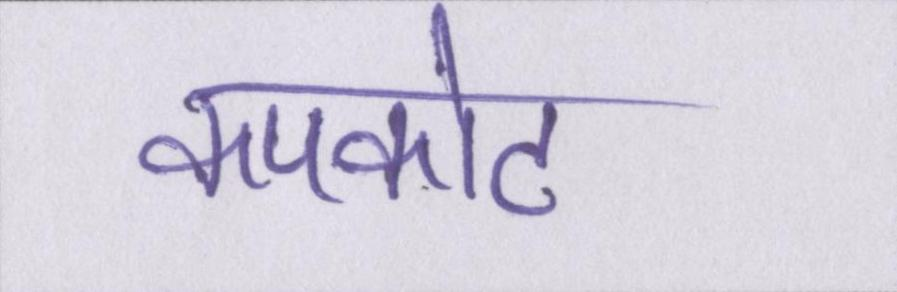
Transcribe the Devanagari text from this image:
कपकोट